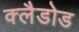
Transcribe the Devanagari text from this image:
क्लैडोड